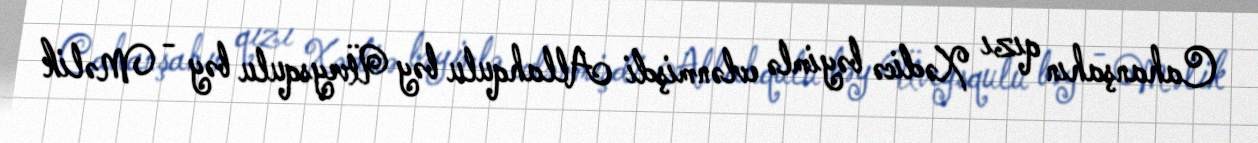
Cahanşahın qızı Xədicə bəyimlə evlənmişdi Allahqulu bəy Üveysqulu bəy - Məlik